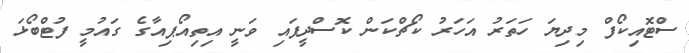
ސްޓޮއިކޯފް މިދިޔަ ހަތަރު އަހަރު ކޯޗްކަން ކޮސްދީފައި ވަނީ އިތިއޯޕިއާގެ ގައުމީ ފުޓްބޯޅަ